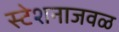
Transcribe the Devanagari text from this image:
स्टेशनाजवळ